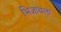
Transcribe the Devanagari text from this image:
भिजायला